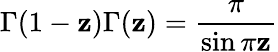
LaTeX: \Gamma(1-\mathbf{z})\Gamma(\mathbf{z})=\frac{{\pi}}{{\sin\pi\mathbf{z}}}